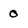
Character: 0